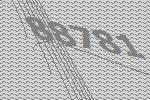
88781